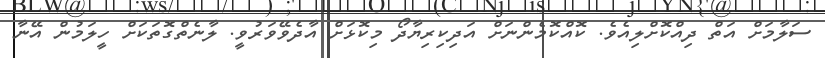
ސަލާމަށް އަތް ދިއްކޮށްލިއެވެ. ކޮއްކޮމެންނަށް އަދިކިރިޔާދޯ މިކޮޅަށް އާދެވޭވަރުވީ. ލާނެތްގޮތަކަށް ހީލަމުން އޭނާ